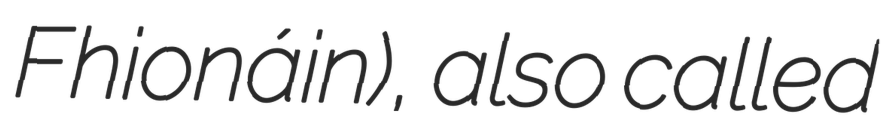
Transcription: Fhionáin), also called